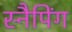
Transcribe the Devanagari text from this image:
स्नैपिंग